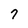
Character: 7